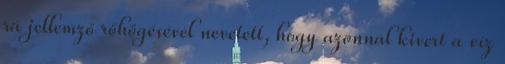
rá jellemző röhögésével nevetett, hogy azonnal kivert a víz